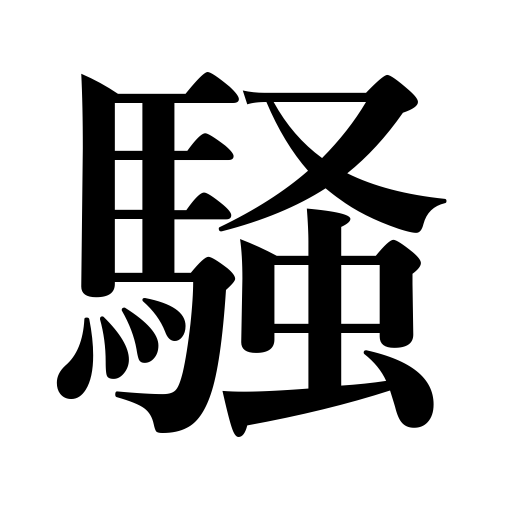
Meanings: be boisterous,make a fuss about,make a noise,make merry,bustle around,go on a spree,be excited,shout,raise an uproar,be agitated,clamor